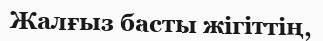
Жалғыз басты жігіттің,